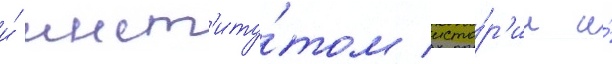
и́ инст'иту́том исто́р'ии и́